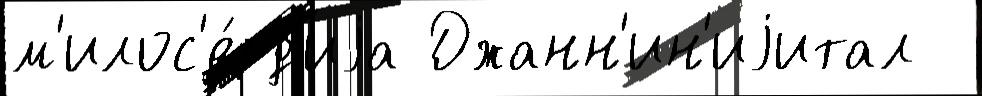
м'илос'е́рд'иjа Джанн'ин'иjитал